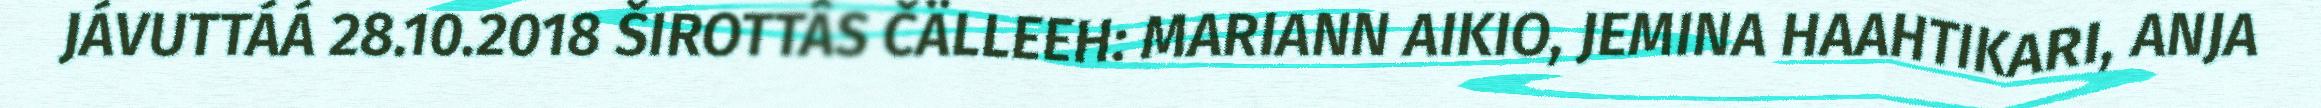
JÁVUTTÁÁ 28.10.2018 ŠIROTTÂS ČÄLLEEH: MARIANN AIKIO, JEMINA HAAHTIKARI, ANJA